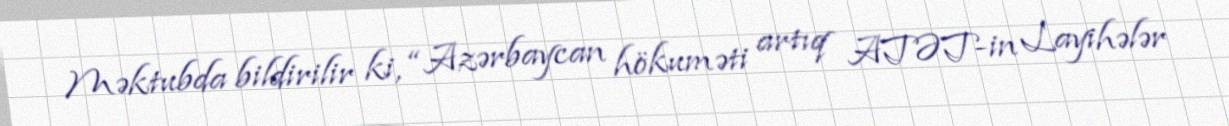
Məktubda bildirilir ki, “Azərbaycan hökuməti artıq ATƏT-in Layihələr